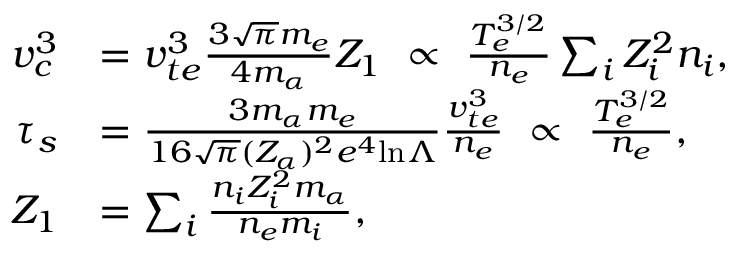
\begin{array} { r l } { v _ { c } ^ { 3 } } & { = v _ { t e } ^ { 3 } \frac { 3 \sqrt { \pi } m _ { e } } { 4 m _ { \alpha } } Z _ { 1 } ~ \propto ~ \frac { T _ { e } ^ { 3 / 2 } } { n _ { e } } \sum _ { i } Z _ { i } ^ { 2 } n _ { i } , } \\ { \tau _ { s } } & { = \frac { 3 m _ { \alpha } m _ { e } } { 1 6 \sqrt { \pi } ( Z _ { \alpha } ) ^ { 2 } e ^ { 4 } \mathrm { l n } \Lambda } \frac { v _ { t e } ^ { 3 } } { n _ { e } } ~ \propto ~ \frac { T _ { e } ^ { 3 / 2 } } { n _ { e } } , } \\ { Z _ { 1 } } & { = \sum _ { i } \frac { n _ { i } Z _ { i } ^ { 2 } m _ { \alpha } } { n _ { e } m _ { i } } , } \end{array}